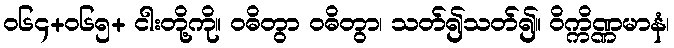
ဝ၆၄+၀၆၅+ ငါးတို့ကို။ ဝဓိတွာ ဝဓိတွာ၊ သတ်၍သတ်၍။ ဝိက္ကိဏ္ဏမာနံ၊